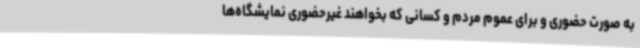
به صورت حضوری و برای عموم مردم و کسانی که بخواهند غیرحضوری نمایشگاه‌ها